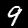
Digit: 9